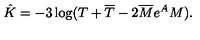
\hat { K } = - 3 \log ( T + \overline { T } - 2 \overline { M } e ^ { A } M ) .